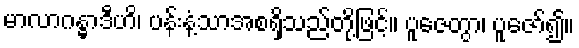
မာလာဂန္ဓာဒီဟိ၊ ပန်းနံ့သာအစရှိသည်တို့ဖြင့်။ ပူဇေတွာ၊ ပူဇော်၍။